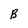
Character: B